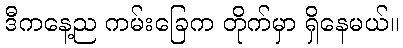
ဒီကနေ့ည ကမ်းခြေက တိုက်မှာ ရှိနေမယ်။